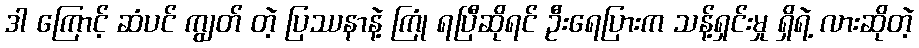
ဒါ ကြောင့် ဆံပင် ကျွတ် တဲ့ ပြဿနာနဲ့ ကြုံ ရပြီဆိုရင် ဦးရေပြားက သန့်ရှင်းမှု ရှိရဲ့ လားဆိုတဲ့